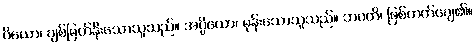
ပိယော၊ ချစ်မြတ်နိုးသောသူသည်။ အပ္ပိယော၊ မုန်းသောသူသည်။ ဘဝတိ၊ ဖြစ်တတ်ချေ၏။